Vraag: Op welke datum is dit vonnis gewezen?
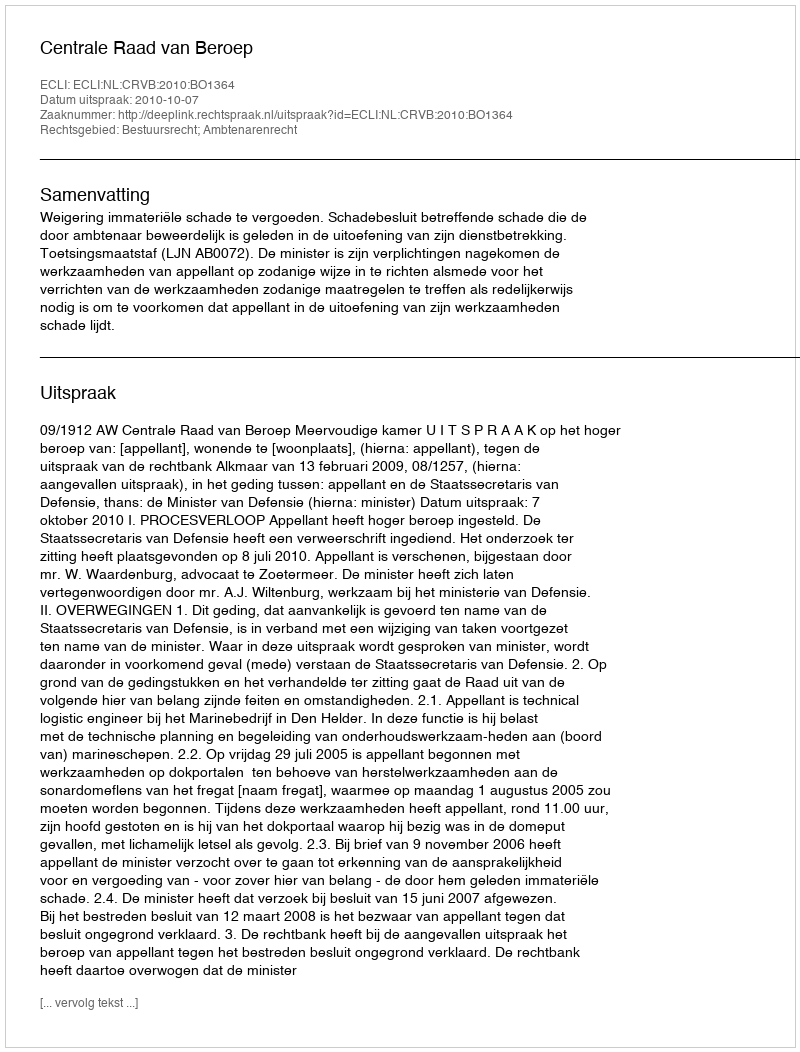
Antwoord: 2010-10-07